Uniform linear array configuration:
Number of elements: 48
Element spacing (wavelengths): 0.75
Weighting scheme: exponential
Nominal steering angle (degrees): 60
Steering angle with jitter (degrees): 59.566
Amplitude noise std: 0.05
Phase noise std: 0.05

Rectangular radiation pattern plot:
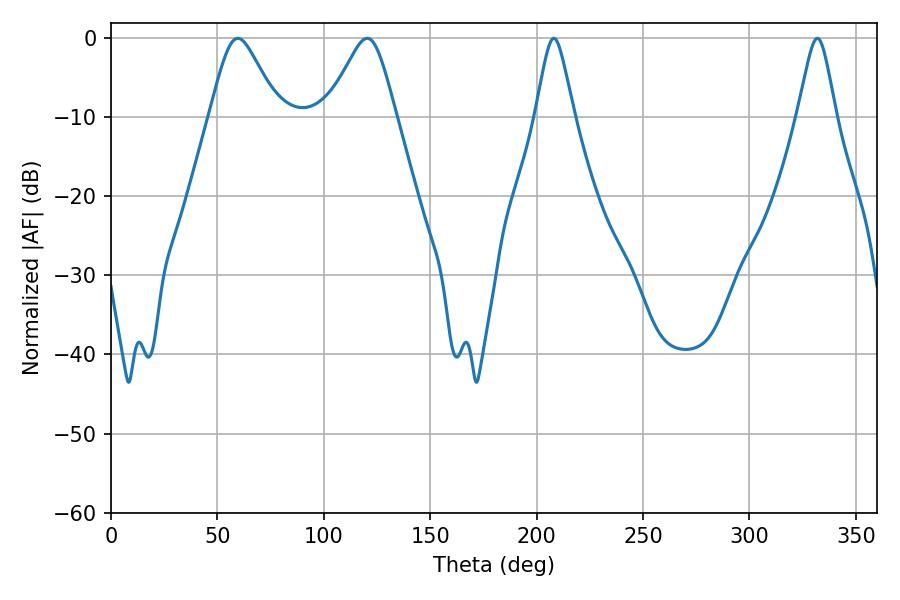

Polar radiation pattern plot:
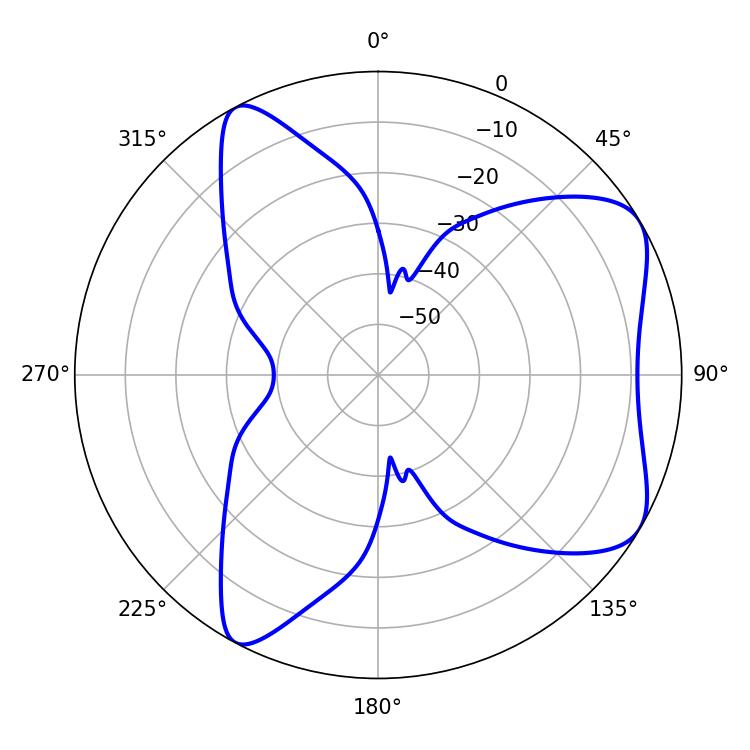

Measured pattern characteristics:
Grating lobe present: TRUE
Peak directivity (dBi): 6.695
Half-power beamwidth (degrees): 8.64
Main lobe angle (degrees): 208.08